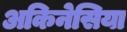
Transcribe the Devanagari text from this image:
अकिनेसिया